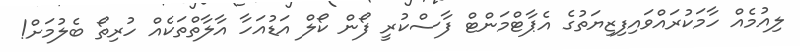
ލިއުމެއް ހާމަކުރައްވައިފިޒިޔަތުގެ އެޕާޓްމަންޓް ފާސްކުރީ ފޯން ކޯލް އަޑުއަހާ އާލާތްތަކެއް ހުރިތޯ ބެލުމަށް!